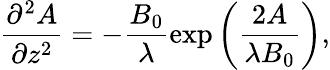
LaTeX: \frac{\partial^{2}A}{\partial z^{2}}=-\frac{B_{0}}{\lambda}\exp\left(\frac{2A}{\lambda B_{0}}\right),